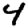
Digit: 4